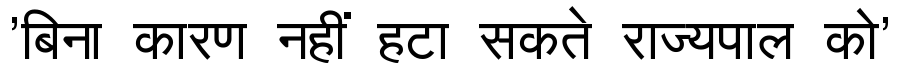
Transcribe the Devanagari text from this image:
'बिना कारण नहीं हटा सकते राज्यपाल को'